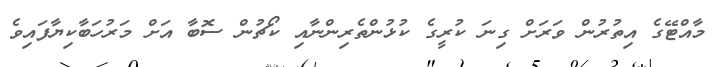
މާއްޓޭގެ އިތުރުން ވަރަށް ގިނަ ކުރީގެ ކުޅުންތެރިންނާއި ކޯޗުން ސޮބާ އަށް މަރުހަބާކިޔާފައިވެ